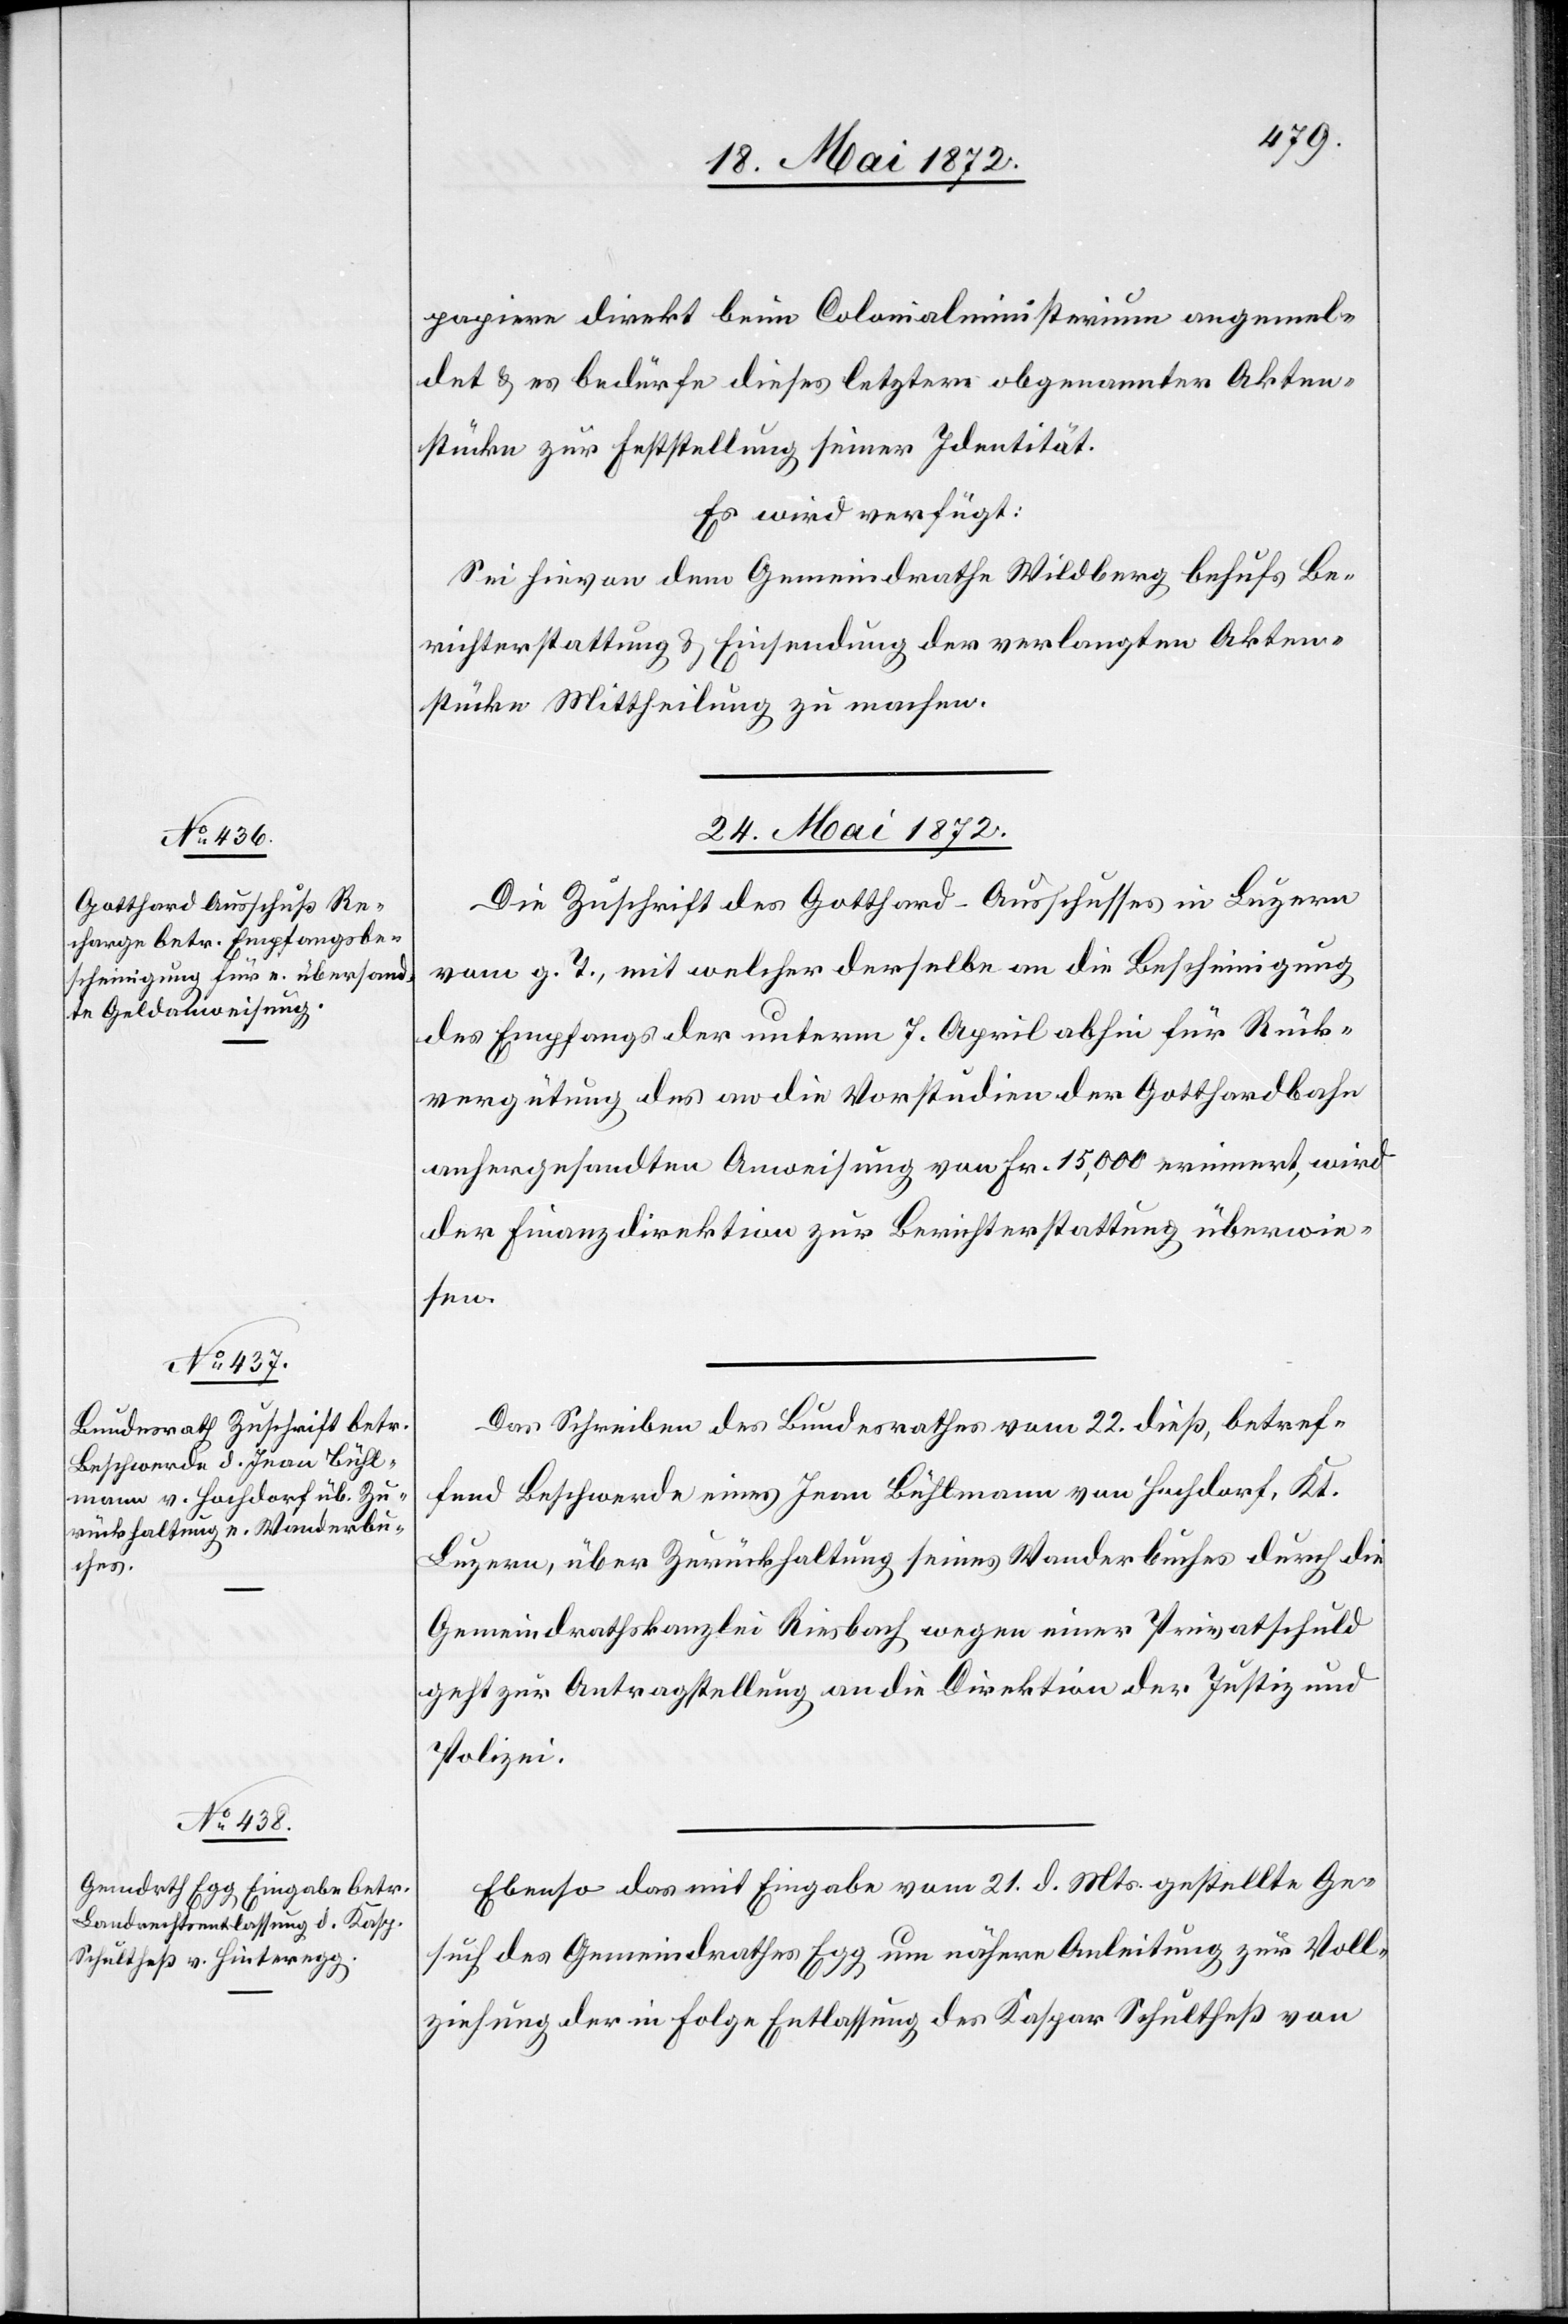
papiere direkt beim Colonialministerium angemel¬
det u. es bedürfe dieses letztere obgenannter Akten¬
stücke zur Feststellung seiner Identität.
Es wird verfügt:
Sei hievon dem Gemeindrathe Wildberg behufs Be¬
richterstattung u. Einsendung der verlangten Akten¬
stücke Mittheilung zu machen.
24. Mai 1872.]
Die Zuschrift des Gotthard-Ausschusses in Luzern
vom g. T., mit welcher derselbe an die Bescheinigung
des Empfangs der unterm 7. April abhin für Rück¬
vergütung des an die Vorstudien der Gotthardbahn
anhergesandten Anweisung von Fr. 15,000 erinnert, wird
der Finanzdirektion zur Berichterstattung überwie¬
sen.
Das Schreiben des Bundesrathes vom 22. dieß, betref¬
fend Beschwerde eines Jean Bühlmann von Hochdorf, Kt.
Luzern, über Zurückhaltung seines Wanderbuches durch die
Gemeindrathskanzlei Riesbach wegen einer Privatschuld
geht zur Antragstellung an die Direktion der Justiz und
Polizei.
Ebenso das mit Eingabe vom 21. d. Mts. gestellte Ge¬
such des Gemeindrathes Egg um nähere Anleitung zur Voll¬
ziehung der in Folge Entlassung des Kaspar Schultheß von